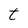
Character: t